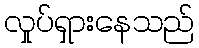
လှုပ်ရှားနေသည်